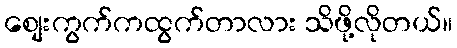
စျေးကွက်ကထွက်တာလား သိဖို့လိုတယ်။